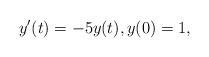
LaTeX: \begin{align*}y'(t)=-5y(t), y(0)=1,\end{align*}